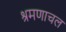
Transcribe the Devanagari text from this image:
श्रमणाचल